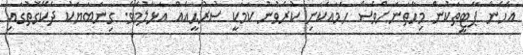
އެހެން ޕާޓީތަކުން މިހާތަނަށްވެސް ހަމައެކަނި ކުރެވުނު ކަމަކީ ސުރުޙީއެއް އަޅާލުމެވެ. ގިނަބަޔަކު ދެކޭގޮތުގައި